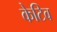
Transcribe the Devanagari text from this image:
केटिव